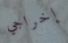
إخراجي